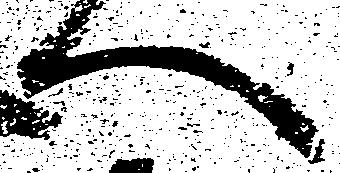
へ